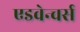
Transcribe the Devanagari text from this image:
एडवेन्चर्स